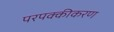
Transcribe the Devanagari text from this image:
परपक्कीकरण